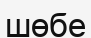
шөбе